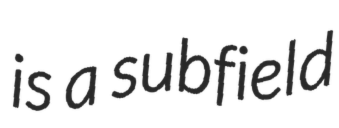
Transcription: is a subfield